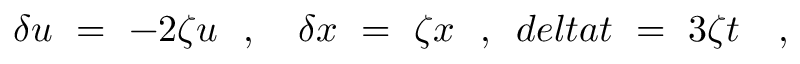
\delta u \ = \ - 2 \zeta u \ \ , \ \ \ \delta x \ = \ \zeta x \ \ , \ \, d e l t a t \ = \ 3 \zeta t \ \ \ ,